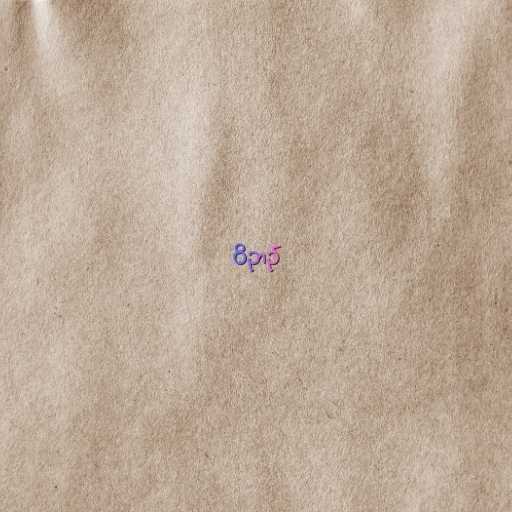
ဝိဉာဥ်